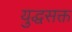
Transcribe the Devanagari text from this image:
युद्धसक्त